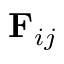
\mathbf { F } _ { i j }